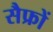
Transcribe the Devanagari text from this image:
सैफ्रों